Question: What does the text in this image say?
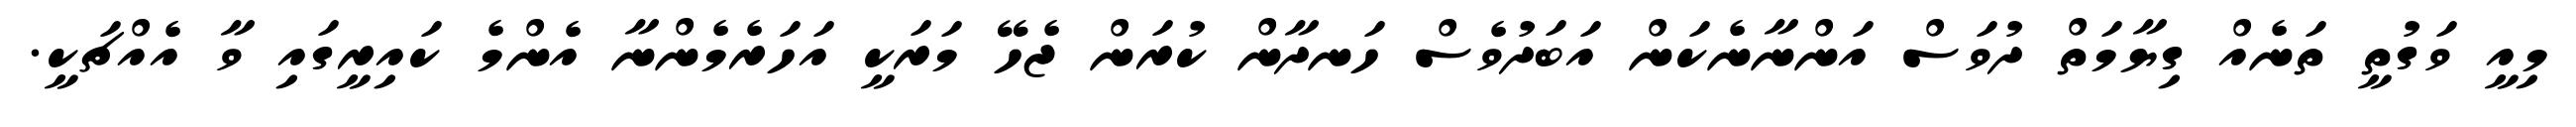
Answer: މިއީ ވަގުތީ ތަނެއް ގިޔާމަތް ދުވަސް އަންނާނެކަން އަބަދުވެސް ހަނދާން ކުރަން ޖެހޭ މަރަކީ އަހަރެމެންނާ އެންމެ ކައިރީގައި ވާ އެއްޗަކީ.